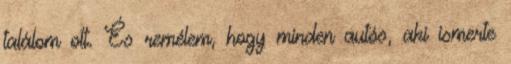
találom ott. És remélem, hogy minden autós, aki ismerte